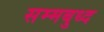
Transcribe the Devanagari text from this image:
सम्मबुध्द